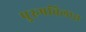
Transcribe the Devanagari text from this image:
पुरुषविलास